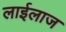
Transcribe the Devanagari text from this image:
लाईलाज